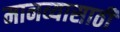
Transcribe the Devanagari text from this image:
मानव्यासाठी